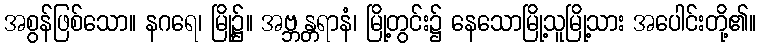
အစွန်ဖြစ်သော။ နဂရေ၊ မြို့၌။ အဗ္ဘန္တရာနံ၊ မြို့တွင်း၌ နေသောမြို့သူမြို့သား အပေါင်းတို့၏။